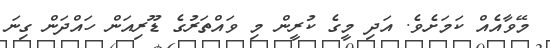
މޭވާއެއް ކަމަށެވެ. އަދި މީގެ ކުރީން މި ވައްތަރުގެ ޑޫރިއަން ހައްދަން ގިނަ